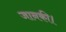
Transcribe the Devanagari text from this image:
जानकी।